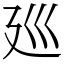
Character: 廵